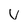
Character: v